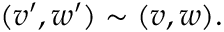
( v ^ { \prime } , w ^ { \prime } ) \sim ( v , w ) .